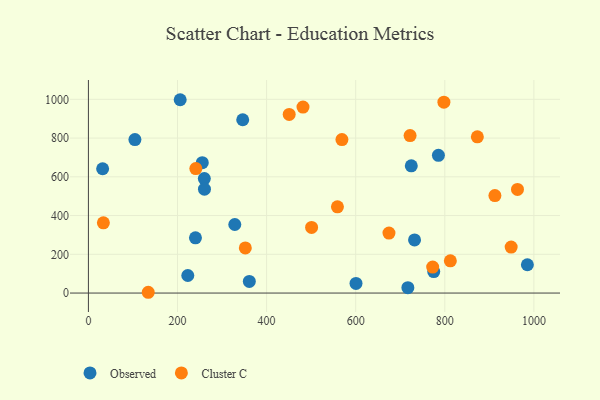
{"axis": {"x": "Investment", "y": "Rating"}, "legend": ["Cluster C", "Observed"], "data": [{"x": "260.2", "y": 590.7, "type": "Observed"}, {"x": "255.6", "y": 673.2, "type": "Observed"}, {"x": "206.0", "y": 998.0, "type": "Observed"}, {"x": "31.9", "y": 641.8, "type": "Observed"}, {"x": "240.3", "y": 285.3, "type": "Observed"}, {"x": "223.1", "y": 90.5, "type": "Observed"}, {"x": "985.4", "y": 146.0, "type": "Observed"}, {"x": "346.4", "y": 894.5, "type": "Observed"}, {"x": "785.7", "y": 710.8, "type": "Observed"}, {"x": "600.7", "y": 49.6, "type": "Observed"}, {"x": "260.5", "y": 536.2, "type": "Observed"}, {"x": "775.2", "y": 111.1, "type": "Observed"}, {"x": "328.6", "y": 353.8, "type": "Observed"}, {"x": "724.8", "y": 656.9, "type": "Observed"}, {"x": "104.4", "y": 792.5, "type": "Observed"}, {"x": "717.1", "y": 27.8, "type": "Observed"}, {"x": "732.1", "y": 274.4, "type": "Observed"}, {"x": "361.2", "y": 60.1, "type": "Observed"}, {"x": "798.0", "y": 985.3, "type": "Cluster C"}, {"x": "569.1", "y": 792.5, "type": "Cluster C"}, {"x": "501.0", "y": 338.6, "type": "Cluster C"}, {"x": "963.2", "y": 534.8, "type": "Cluster C"}, {"x": "241.1", "y": 642.8, "type": "Cluster C"}, {"x": "450.7", "y": 922.2, "type": "Cluster C"}, {"x": "33.6", "y": 362.3, "type": "Cluster C"}, {"x": "912.5", "y": 503.2, "type": "Cluster C"}, {"x": "481.7", "y": 959.8, "type": "Cluster C"}, {"x": "352.2", "y": 232.8, "type": "Cluster C"}, {"x": "873.1", "y": 806.6, "type": "Cluster C"}, {"x": "134.3", "y": 4.0, "type": "Cluster C"}, {"x": "772.8", "y": 134.1, "type": "Cluster C"}, {"x": "559.0", "y": 445.1, "type": "Cluster C"}, {"x": "674.7", "y": 309.7, "type": "Cluster C"}, {"x": "812.5", "y": 166.1, "type": "Cluster C"}, {"x": "722.1", "y": 813.1, "type": "Cluster C"}, {"x": "949.0", "y": 237.5, "type": "Cluster C"}]}